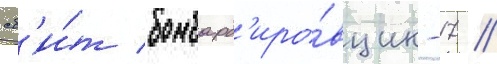
сб'и́т бомбард'иро́вщик -17 //